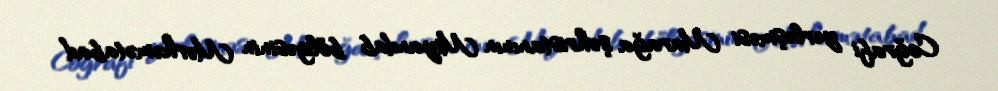
Coğrafi yerləşməsi Marağa şəhristanının Miyandab bölgəsinin Mərhəmətabad